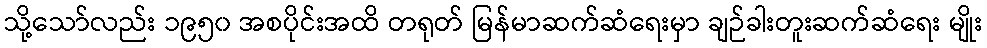
သို့သော်လည်း ၁၉၅၀ အစပိုင်းအထိ တရုတ် မြန်မာဆက်ဆံရေးမှာ ချဉ်ခါးတူးဆက်ဆံရေး မျိုး